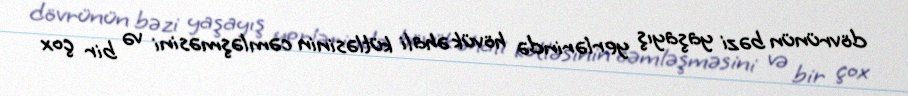
dövrünün bəzi yaşayış yerlərində hövük əhali kütləsinin cəmləşməsini və bir çox